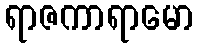
ရာဇကာရာမော